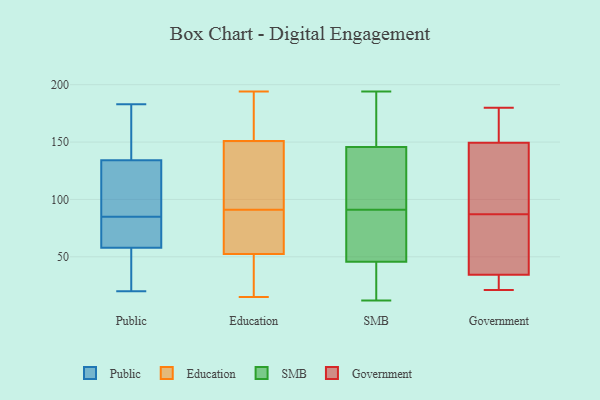
{"axis": {"x": "Latency (ms)", "y": "Value"}, "legend": ["Education", "Government", "Public", "SMB"], "data": [{"x": "", "y": 20, "type": "Public"}, {"x": "", "y": 183, "type": "Public"}, {"x": "", "y": 74, "type": "Public"}, {"x": "", "y": 183, "type": "Public"}, {"x": "", "y": 57, "type": "Public"}, {"x": "", "y": 42, "type": "Public"}, {"x": "", "y": 85, "type": "Public"}, {"x": "", "y": 45, "type": "Public"}, {"x": "", "y": 146, "type": "Public"}, {"x": "", "y": 85, "type": "Public"}, {"x": "", "y": 86, "type": "Public"}, {"x": "", "y": 93, "type": "Public"}, {"x": "", "y": 99, "type": "Public"}, {"x": "", "y": 151, "type": "Public"}, {"x": "", "y": 61, "type": "Public"}, {"x": "", "y": 164, "type": "Education"}, {"x": "", "y": 166, "type": "Education"}, {"x": "", "y": 182, "type": "Education"}, {"x": "", "y": 112, "type": "Education"}, {"x": "", "y": 91, "type": "Education"}, {"x": "", "y": 89, "type": "Education"}, {"x": "", "y": 92, "type": "Education"}, {"x": "", "y": 66, "type": "Education"}, {"x": "", "y": 60, "type": "Education"}, {"x": "", "y": 194, "type": "Education"}, {"x": "", "y": 108, "type": "Education"}, {"x": "", "y": 50, "type": "Education"}, {"x": "", "y": 40, "type": "Education"}, {"x": "", "y": 15, "type": "Education"}, {"x": "", "y": 26, "type": "Education"}, {"x": "", "y": 59, "type": "SMB"}, {"x": "", "y": 194, "type": "SMB"}, {"x": "", "y": 13, "type": "SMB"}, {"x": "", "y": 56, "type": "SMB"}, {"x": "", "y": 140, "type": "SMB"}, {"x": "", "y": 92, "type": "SMB"}, {"x": "", "y": 171, "type": "SMB"}, {"x": "", "y": 28, "type": "SMB"}, {"x": "", "y": 12, "type": "SMB"}, {"x": "", "y": 54, "type": "SMB"}, {"x": "", "y": 48, "type": "SMB"}, {"x": "", "y": 92, "type": "SMB"}, {"x": "", "y": 136, "type": "SMB"}, {"x": "", "y": 163, "type": "SMB"}, {"x": "", "y": 91, "type": "SMB"}, {"x": "", "y": 179, "type": "SMB"}, {"x": "", "y": 39, "type": "SMB"}, {"x": "", "y": 85, "type": "Government"}, {"x": "", "y": 70, "type": "Government"}, {"x": "", "y": 21, "type": "Government"}, {"x": "", "y": 179, "type": "Government"}, {"x": "", "y": 32, "type": "Government"}, {"x": "", "y": 35, "type": "Government"}, {"x": "", "y": 132, "type": "Government"}, {"x": "", "y": 146, "type": "Government"}, {"x": "", "y": 29, "type": "Government"}, {"x": "", "y": 160, "type": "Government"}, {"x": "", "y": 87, "type": "Government"}, {"x": "", "y": 180, "type": "Government"}, {"x": "", "y": 103, "type": "Government"}]}